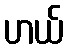
ဟယ်